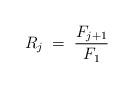
LaTeX: \begin{align*}R_{j}\; =\;\frac{F_{j+1}}{F_{1}}\end{align*}